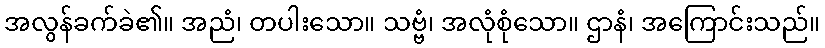
အလွန်ခက်ခဲ၏။ အညံ၊ တပါးသော။ သဗ္ဗံ၊ အလုံစုံသော။ ဌာနံ၊ အကြောင်းသည်။